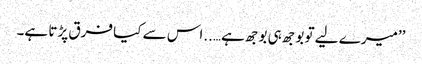
’’میرے لیے تو بوجھ ہی بوجھ ہے…..اس سے کیا فرق پڑتا ہے۔